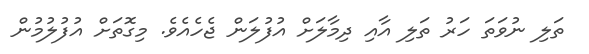
ތަލި ނުވަތަ ހަރު ތަލި އާއި ދިމާލަށް އުފުލަން ޖެހެއެވެ. މިގޮތަށް އުފުލުމުން